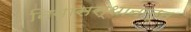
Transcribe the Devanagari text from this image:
निवासस्थानातून